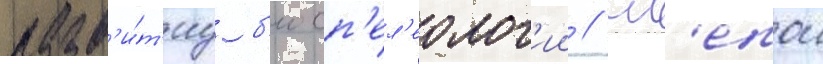
разв'и́т'иу б'иосп'ел'еолог'ии // Сл'епои